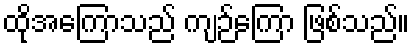
ထိုအကြောသည် ကျဉ်ကြော ဖြစ်သည်။